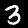
Digit: 3